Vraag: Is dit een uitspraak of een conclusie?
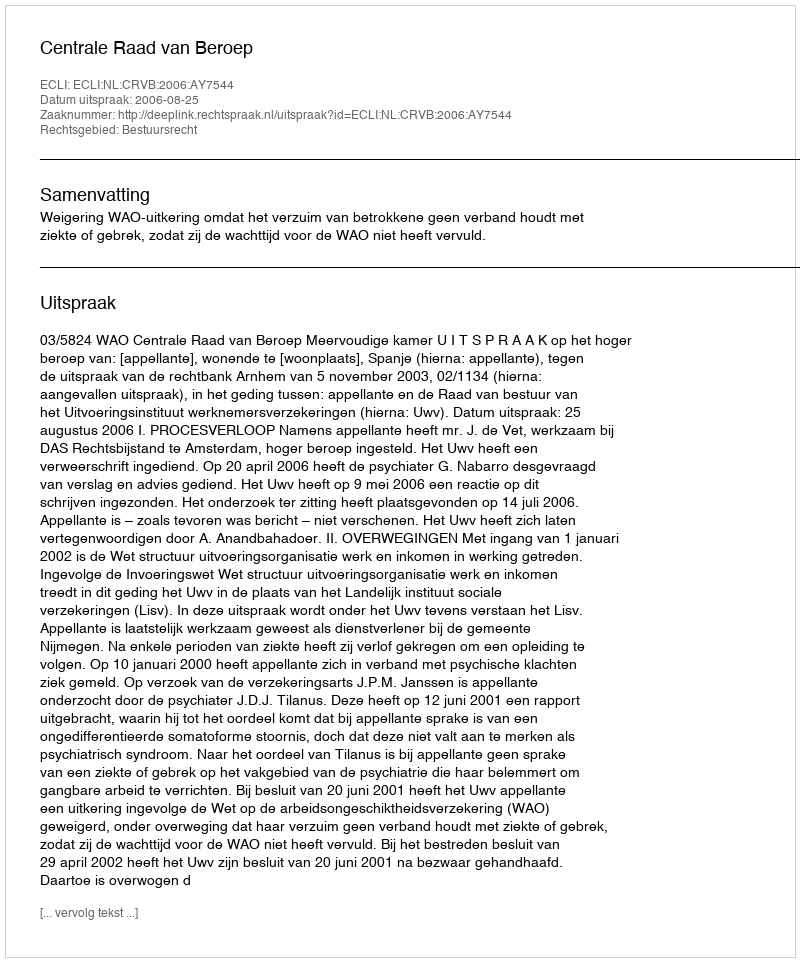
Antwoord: Uitspraak